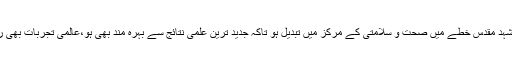
حجت الاسلام والمسلمین رئیسی نے بتایا: یہ کام ممکن ہے کہ مشہد مقدس خطے میں صحت و سلامتی کے مرکز میں تبدیل ہو تاکہ جدید ترین علمی نتائج سے بہرہ مند بھی ہو،عالمی تجربات بھی رکھتا ہو اور زائرین و مجاورین کو خدمات بھی فراہم کی جائیں۔